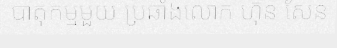
បាតុកម្មមួយ ប្រឆាំងលោក ហ៊ុន សែន